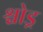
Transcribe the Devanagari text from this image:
श्चोड्र